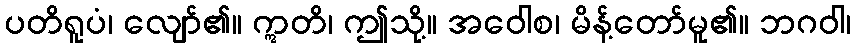
ပတိရူပံ၊ လျော်၏။ ဣတိ၊ ဤသို့။ အဝေါစ၊ မိန့်တော်မူ၏။ ဘဂဝါ၊